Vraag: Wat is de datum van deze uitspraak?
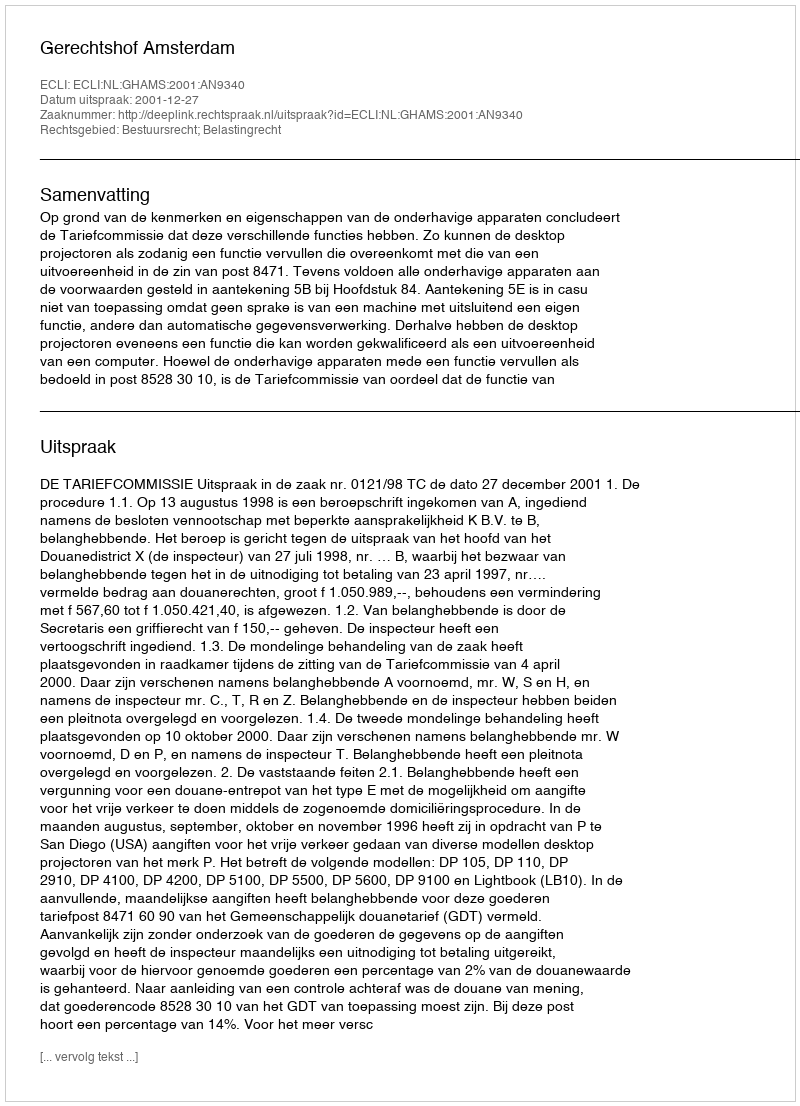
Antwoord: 2001-12-27